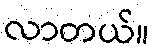
လာတယ်။